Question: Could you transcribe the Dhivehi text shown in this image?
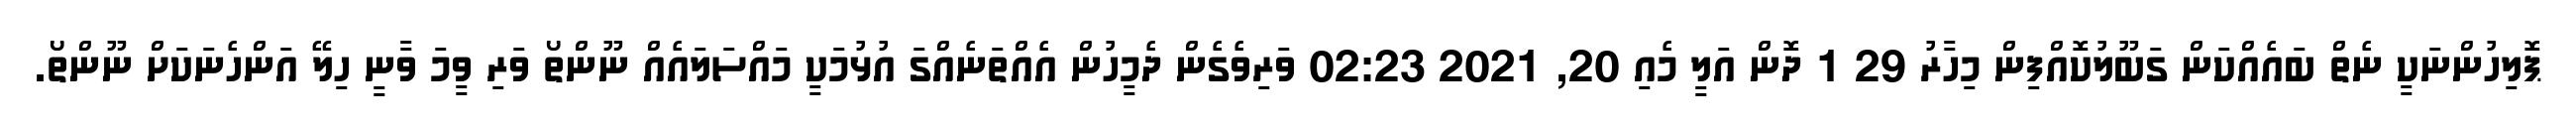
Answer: ޕޮލިހުންނަކީ ނެތް ބައެއްކަން ގަބޫލުކޮއްފިން މިހާރު 29 1 ދޮން އަލީ މެއި 20, 2021 02:23 ވަރިވެގެން ދެމީހުން އެއްތަނެއްގަ އުޅުމަކީ މައްސަލައެއް ނޫންތޯ ވަރި ވީމަ ވާނީ ހިލޭ އަންހެނަކަށް ނޫންތޯ.